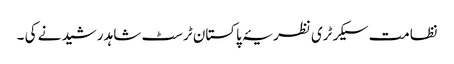
نظامت سیکرٹری نظریۂ پاکستان ٹرسٹ شاہد رشید نے کی ۔